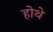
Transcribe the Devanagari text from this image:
होथे